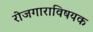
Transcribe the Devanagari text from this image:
रोजगाराविषयक